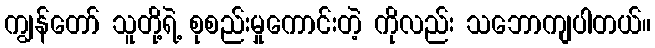
ကျွန်တော် သူတို့ရဲ့ စုစည်းမှုကောင်းတဲ့ ကိုလည်း သဘောကျပါတယ်။